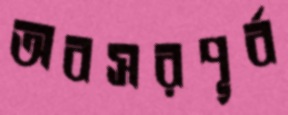
অবসরপূর্ব